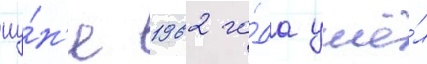
иу́н'е 1962 го́да ушё́л